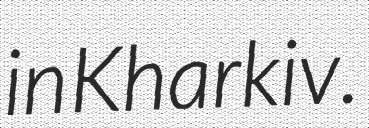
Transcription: in Kharkiv.